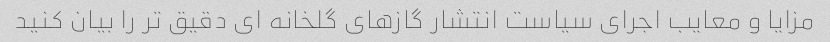
مزایا و معایب اجرای سیاست انتشار گازهای گلخانه ای دقیق تر را بیان کنید